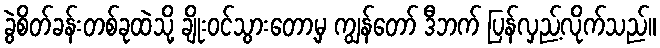
ခွဲစိတ်ခန်းတစ်ခုထဲသို့ ချိုးဝင်သွားတော့မှ ကျွန်တော် ဒီဘက် ပြန်လှည့်လိုက်သည်။